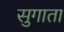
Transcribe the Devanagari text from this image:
सुगाता